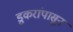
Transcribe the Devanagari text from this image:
डुकरांपासून